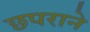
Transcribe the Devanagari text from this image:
छपराने